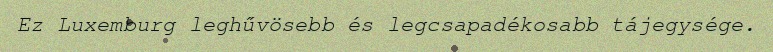
Ez Luxemburg leghűvösebb és legcsapadékosabb tájegysége.